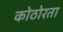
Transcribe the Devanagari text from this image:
कोठोरता